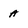
Character: a